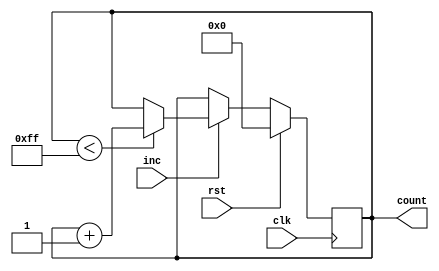
module IncrementalCounter #(
    parameter INITIAL_VALUE = 0,   // Initial value of the counter
    parameter MAX_VALUE = 255,      // Maximum count value
    parameter WIDTH = 8              // Bit-width of the counter
)(
    input wire clk,                 // Clock signal
    input wire rst,                 // Reset signal (active-high)
    input wire inc,                 // Increment trigger signal
    output reg [WIDTH-1:0] count    // Current count value
);

    // Synchronous process for counter operation
    always @(posedge clk) begin
        if (rst) begin
            // Reset the counter to the initial value
            count <= INITIAL_VALUE;
        end else if (inc) begin
            // Increment the counter
            if (count < MAX_VALUE) begin
                count <= count + 1;
            end
            // Optionally handle overflow here if needed
            // else begin
            //     count <= INITIAL_VALUE; // Wrap around to initial value
            // end
        end
    end

endmodule